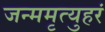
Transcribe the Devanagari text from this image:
जन्ममृत्युहरं